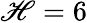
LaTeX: \mathscr{H}=6